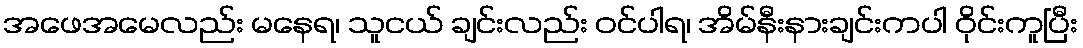
အဖေအမေလည်း မနေရ၊ သူငယ် ချင်းလည်း ဝင်ပါရ၊ အိမ်နီးနားချင်းကပါ ဝိုင်းကူပြီး